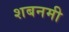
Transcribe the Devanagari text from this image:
शबनमी